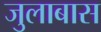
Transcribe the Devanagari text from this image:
जुलाबास